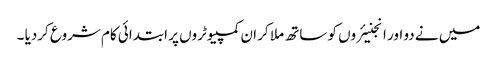
میں نے دو اور انجنیئروں کو ساتھ ملا کر ان کمپیوٹروں پر ابتدائی کام شروع کردیا ۔